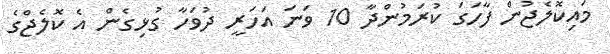
މައިކޮލެޖުން ފާހަގަ ކުރަމުންދާ 10 ވަނަ އަހަރީ ދުވަހާ ގުޅިގެން އެ ކޮލެޖްގެ